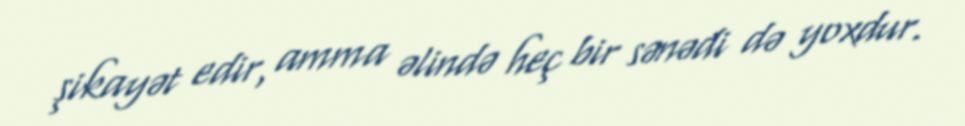
şikayət edir, amma əlində heç bir sənədi də yoxdur.